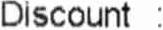
DISCOUNT :